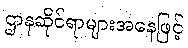
ဌာနဆိုင်ရာများအနေဖြင့်